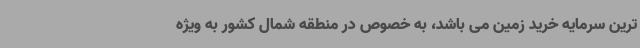
ترین سرمایه خرید زمین می باشد، به خصوص در منطقه شمال کشور به ویژه